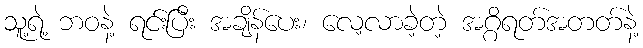
သူ့ရဲ့ ဘဝနဲ့ ရင်းပြီး အချိန်ပေး၊ လေ့လာခဲ့တဲ့ အဂ္ဂိရတ်အတတ်နဲ့